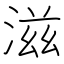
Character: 滋